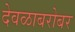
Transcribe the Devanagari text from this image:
देवळाबरोबर